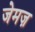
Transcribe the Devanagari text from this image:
जेमज़